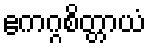
ဧကဂ္ဂစိတ္တာယံ